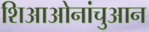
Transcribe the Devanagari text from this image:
शिआओनांचुआन